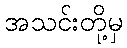
အသင်းတို့မှ